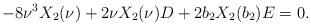
LaTeX: \begin{align*}-8\nu^{3}X_{2}(\nu)+2\nu X_{2}(\nu)D+2b_{2}X_{2}(b_{2})E=0.\end{align*}